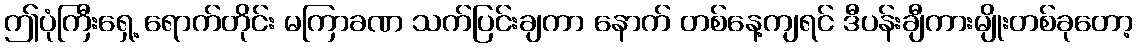
ဤပုံကြီးရှေ့ ရောက်တိုင်း မကြာခဏ သက်ပြင်းချကာ နောက် တစ်နေ့ကျရင် ဒီပန်းချီကားမျိုးတစ်ခုတော့